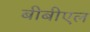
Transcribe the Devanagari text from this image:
बीबीएल